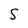
Character: S